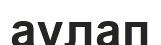
аулап